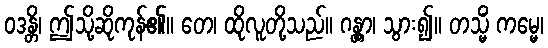
ဝဒန္တိ၊ ဤသို့ဆိုကုန်၏။ တေ၊ ထိုလူတို့သည်။ ဂန္တွာ၊ သွား၍။ တသ္မိံ ကမ္မေ၊